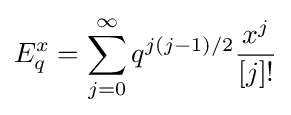
E_{q}^{x}=\sum _{j=0}^{\infty }q^{j(j-1)/2}{\frac {x^{j}}{[j]!}}